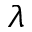
\lambda